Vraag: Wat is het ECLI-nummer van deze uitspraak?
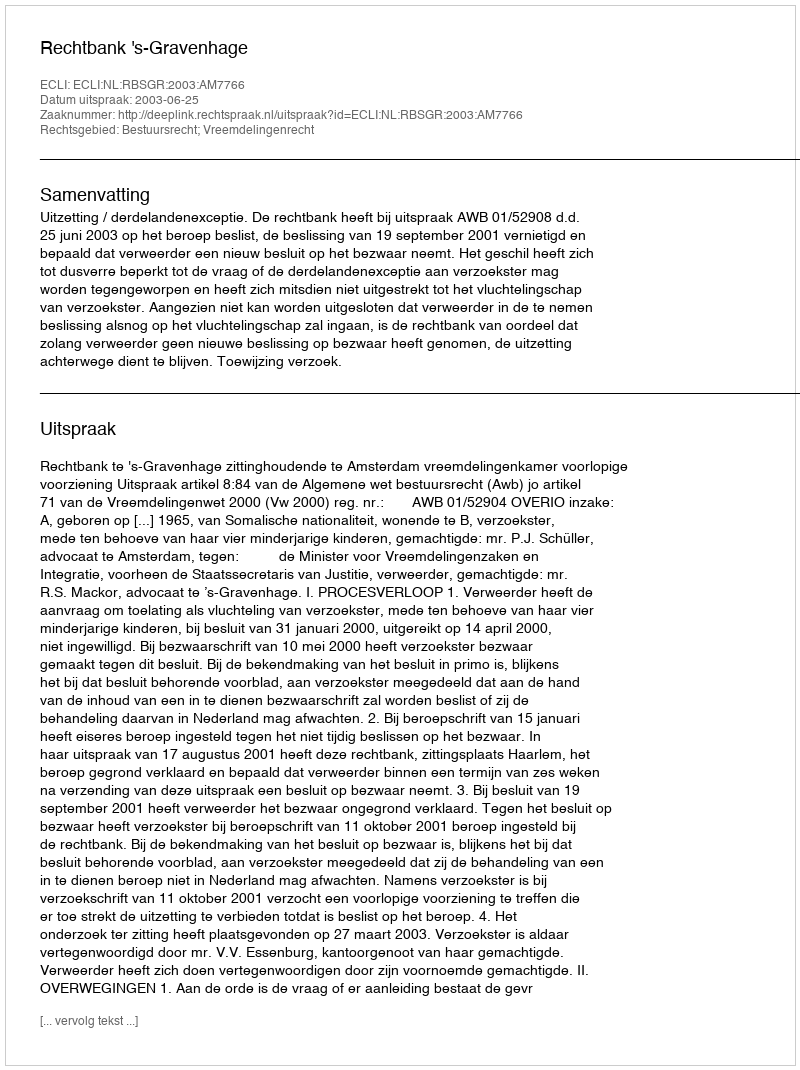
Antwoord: ECLI:NL:RBSGR:2003:AM7766